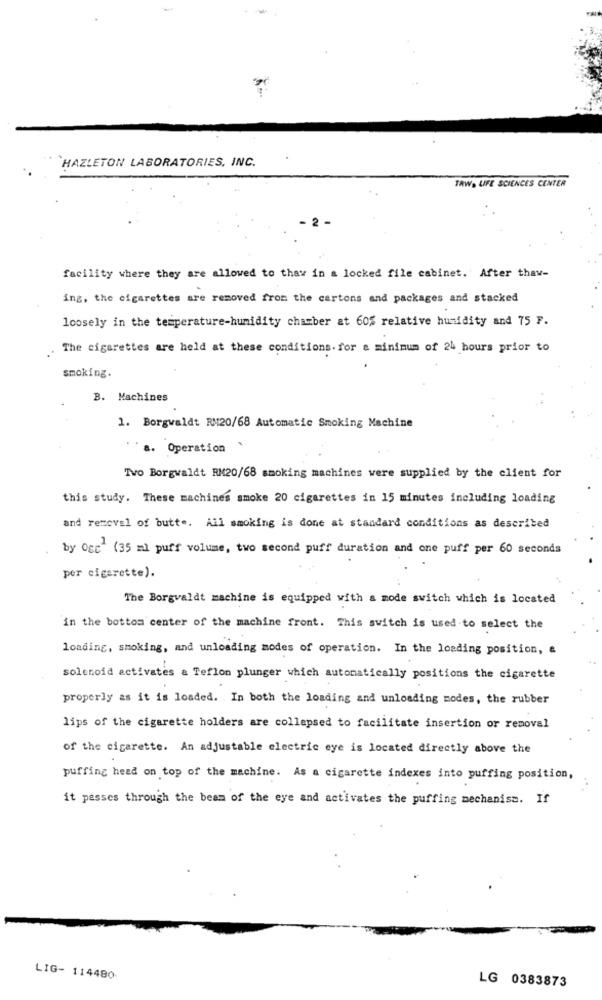
HAZLETON LABORATORIES, INC.
TAW, LIFE SCIENCES CENTER
2
facility where they are allowed to thaw in a locked file cabinet. After thav-
ing, the cigarettes are removed from the cartons and packages and stacked
loosely in the temperature-humidity chamber at 60% relative humidity and 75 F.
The cigarettes are held at these conditions. for a minimum of 24 hours prior to
smoking.
B. Machines
1. Borgwaldt RM20/68 Automatic Smoking Machine
a. Operation
Tvo Borgwaldt RM20/68 smoking machines were supplied by the client for
this study. These machines smoke 20 cigarettes in 15 minutes including loading
and removal of butte. All smoking is done at standard conditions as described
by Osc (35 ml puff volume, two second puff duration and one puff per 60 seconds
per cigarette).
The Borgvaldt machine is equipped with a mode switch which is located
in the bottom center of the machine front. This switch is used to select the
loading, smoking, and unloading modes of operation. In the loading position, e
solenoid activates & Teflon plunger which automatically positions the cigarette
properly as it is loaded. . In both the loading and unloading modes, the rubber
lips of the cigarette holders are collapsed to facilitate insertion or removal
of the cigarette. An adjustable electric eye is located directly above the
puffing head on top of the machine. As a cigarette indexes into puffing position,
it passes through the beam of the eye and activates the puffing mechanisa. If
LIG- 114480
LG 0383873